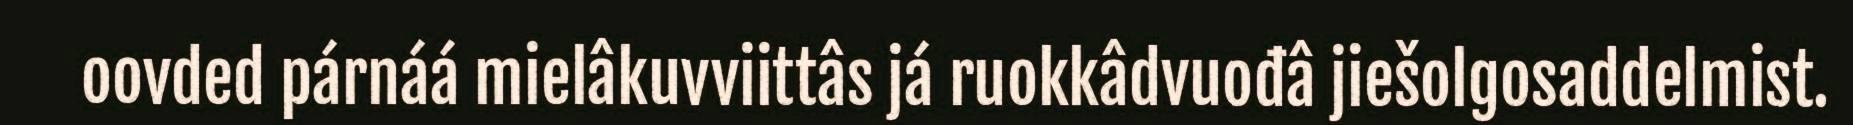
oovded párnáá mielâkuvviittâs já ruokkâdvuođâ jiešolgosaddelmist.